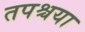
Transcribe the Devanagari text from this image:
तपश्चया